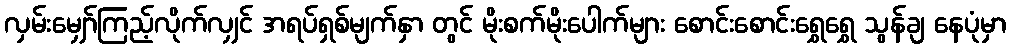
လှမ်းမျှော်ကြည့်လိုက်လျှင် အရပ်ရှစ်မျက်နှာ တွင် မိုးစက်မိုးပေါက်များ စောင်းစောင်းရွှေရွှေ သွန်ချ နေပုံမှာ